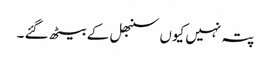
پتہ نہیں کیوں سنبھل کے بیٹھ گئے ۔